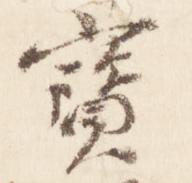
宝